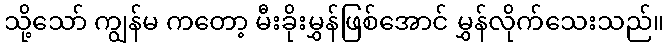
သို့သော် ကျွန်မ ကတော့ မီးခိုးမွှန်ဖြစ်အောင် မွှန်လိုက်သေးသည်။